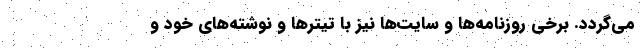
می‌گردد. برخی روزنامه‌ها و سایت‌ها نیز با تیترها و نوشته‌های خود و